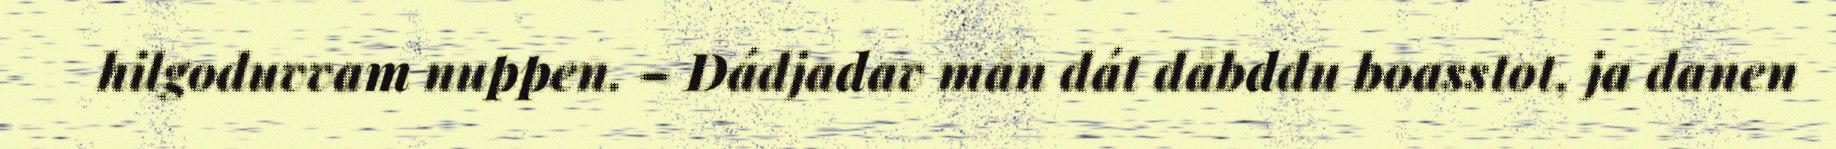
hilgoduvvam nuppen. – Dádjadav mån dát dåbddu boasstot, ja danen